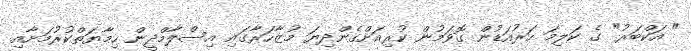
" އަކްބަރު" ގެ ކަލިމަ ހަރުއަޑުން ގޮވަމުން ކުރިއަށްގެންދިޔަ މުޒާހަރާގައި އިސްލާމްދީން ހިމާޔަތްކުރުމަށާއި